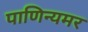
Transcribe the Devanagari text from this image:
पाणिन्यमर